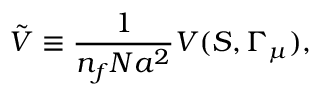
\tilde { V } \equiv { \frac { 1 } { n _ { f } N a ^ { 2 } } } V ( S , \Gamma _ { \mu } ) ,